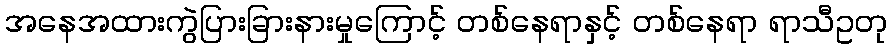
အနေအထားကွဲပြားခြားနားမှုကြောင့် တစ်နေရာနှင့် တစ်နေရာ ရာသီဥတု